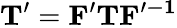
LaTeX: \mathbf{T^{\prime}}=\mathbf{F^{\prime}}\mathbf{T}\mathbf{F^{\prime-1}}